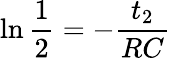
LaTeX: \ln{\frac{1}{2}}=-\frac{t_{2}}{RC}